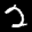
Label: 2